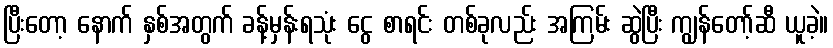
ပြီးတော့ နောက် နှစ်အတွက် ခန့်မှန်းရသုံး ငွေ စာရင်း တစ်ခုလည်း အကြမ်း ဆွဲပြီး ကျွန်တော့်ဆီ ယူခဲ့။